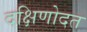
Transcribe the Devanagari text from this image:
दक्षिणोदत